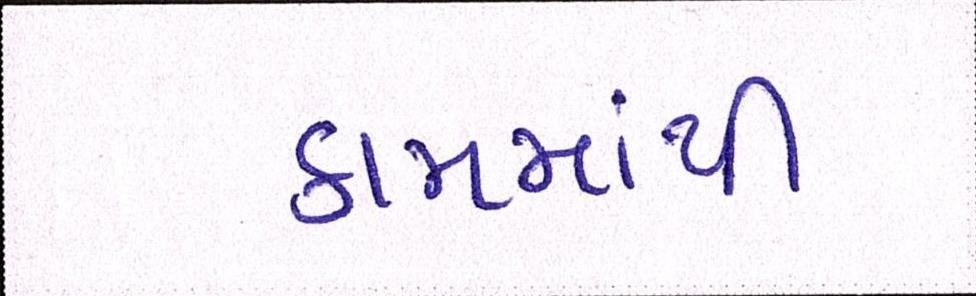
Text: કામમાંથી